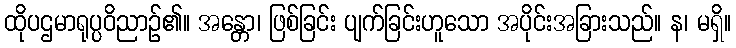
ထိုပဌမာရုပ္ပဝိညာဉ်၏။ အန္တော၊ ဖြစ်ခြင်း ပျက်ခြင်းဟူသော အပိုင်းအခြားသည်။ န၊ မရှိ။